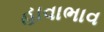
હાવાભાવ